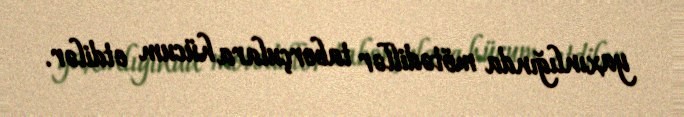
yaxınlığında mötədillər taborçulara hücum etdilər.